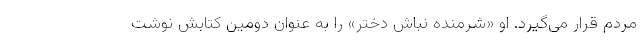
مردم قرار می‌گیرد. او «شرمنده نباش دختر» را به عنوان دومین کتابش نوشت